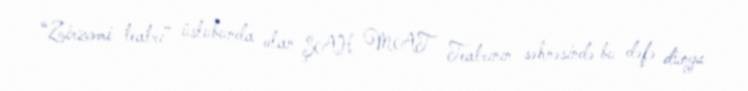
“Zirzəmi teatrı” üslubunda olan ŞAH MAT Teatrının səhnəsində bu dəfə dünya